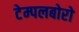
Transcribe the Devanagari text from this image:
टेम्पलबोरो